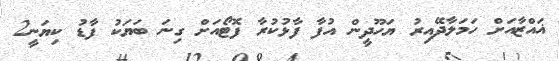
ޣައްޒާއަށް ހަމަލާދޭއިރު ޔަހޫދީން އުފާ ފާޅުކުރާ ފޮޓޯއަށް ގިނަ ބަޔަކު ފާޑު ކިޔަނީ2